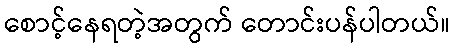
စောင့်နေရတဲ့အတွက် တောင်းပန်ပါတယ်။